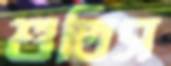
শুতিস